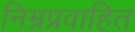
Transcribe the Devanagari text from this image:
निम्नप्रवाहित